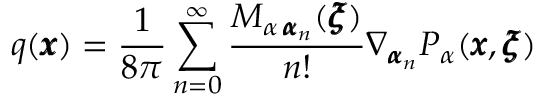
q ( { \pmb x } ) = \frac { 1 } { 8 \pi } \sum _ { n = 0 } ^ { \infty } \frac { M _ { \alpha \, { \pmb \alpha } _ { n } } ( { \pmb \xi } ) } { n ! } \nabla _ { { \pmb \alpha } _ { n } } P _ { \alpha } ( { \pmb x } , { \pmb \xi } )